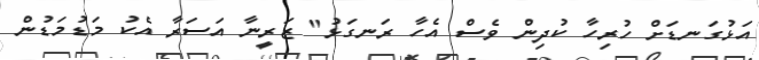
އަޅުގަނޑަށް ހުރިހާ ކުދިން ވެސް އެހާ ރަނގަޅު" ޒަރީނާ އަސަރާ އެކު މަޑުމަޑުން